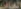
العاب